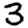
Digit: 3